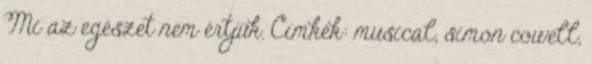
Mi az egészet nem értjük. Címkék: musical, simon cowell,